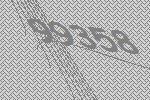
99358